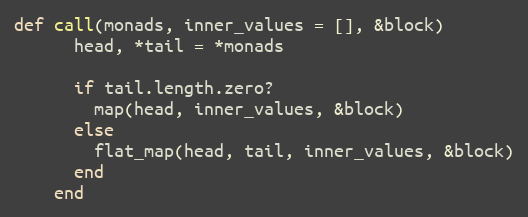
Language: Ruby
def call(monads, inner_values = [], &block)
      head, *tail = *monads

      if tail.length.zero?
        map(head, inner_values, &block)
      else
        flat_map(head, tail, inner_values, &block)
      end
    end